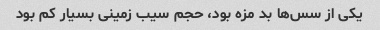
یکی از سس‌ها بد مزه بود، حجم سیب زمینی بسیار کم بود